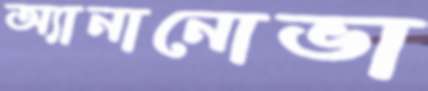
অ্যানানোভা